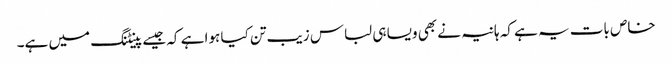
خاص بات یہ ہے کہ ہانیہ نے بھی ویسا ہی لباس زیب تن کیا ہوا ہے کہ جیسے پینٹنگ میں ہے۔